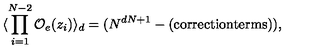
\langle \prod _ { i = 1 } ^ { N - 2 } { \cal O } _ { e } ( z _ { i } ) \rangle _ { d } = ( N ^ { d N + 1 } - ( \mathrm { c o r r e c t i o n t e r m s } ) ) ,